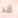
قد